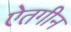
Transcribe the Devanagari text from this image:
ऐतगीन